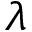
\lambda